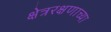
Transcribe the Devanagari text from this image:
क्षेत्ररक्षणाच्या